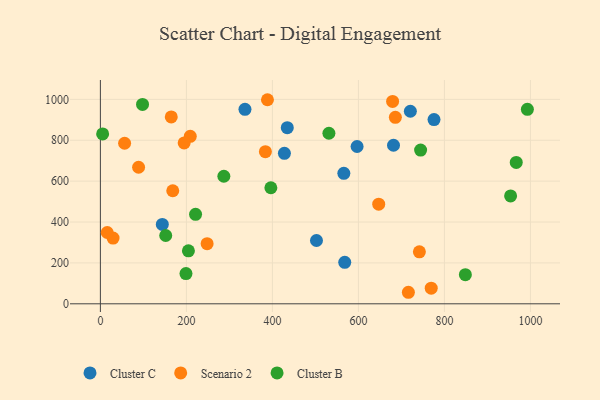
{"axis": {"x": "Speed", "y": "Rating"}, "legend": ["Cluster B", "Cluster C", "Scenario 2"], "data": [{"x": "144.0", "y": 388.5, "type": "Cluster C"}, {"x": "434.6", "y": 861.6, "type": "Cluster C"}, {"x": "681.6", "y": 775.5, "type": "Cluster C"}, {"x": "502.5", "y": 309.6, "type": "Cluster C"}, {"x": "568.2", "y": 203.0, "type": "Cluster C"}, {"x": "720.8", "y": 941.8, "type": "Cluster C"}, {"x": "336.2", "y": 951.1, "type": "Cluster C"}, {"x": "596.9", "y": 769.4, "type": "Cluster C"}, {"x": "427.9", "y": 735.8, "type": "Cluster C"}, {"x": "566.1", "y": 638.3, "type": "Cluster C"}, {"x": "775.8", "y": 900.9, "type": "Cluster C"}, {"x": "716.2", "y": 56.4, "type": "Scenario 2"}, {"x": "29.5", "y": 321.5, "type": "Scenario 2"}, {"x": "88.8", "y": 667.8, "type": "Scenario 2"}, {"x": "248.2", "y": 294.2, "type": "Scenario 2"}, {"x": "388.5", "y": 998.2, "type": "Scenario 2"}, {"x": "15.9", "y": 348.7, "type": "Scenario 2"}, {"x": "209.0", "y": 819.2, "type": "Scenario 2"}, {"x": "679.5", "y": 990.0, "type": "Scenario 2"}, {"x": "168.3", "y": 553.0, "type": "Scenario 2"}, {"x": "56.3", "y": 785.2, "type": "Scenario 2"}, {"x": "769.3", "y": 76.3, "type": "Scenario 2"}, {"x": "685.9", "y": 912.2, "type": "Scenario 2"}, {"x": "194.8", "y": 786.7, "type": "Scenario 2"}, {"x": "741.8", "y": 254.1, "type": "Scenario 2"}, {"x": "647.2", "y": 487.2, "type": "Scenario 2"}, {"x": "164.8", "y": 913.9, "type": "Scenario 2"}, {"x": "383.7", "y": 744.1, "type": "Scenario 2"}, {"x": "221.3", "y": 437.9, "type": "Cluster B"}, {"x": "953.9", "y": 527.6, "type": "Cluster B"}, {"x": "396.4", "y": 567.7, "type": "Cluster B"}, {"x": "151.9", "y": 334.2, "type": "Cluster B"}, {"x": "744.6", "y": 751.9, "type": "Cluster B"}, {"x": "204.7", "y": 259.3, "type": "Cluster B"}, {"x": "199.0", "y": 147.8, "type": "Cluster B"}, {"x": "992.9", "y": 951.4, "type": "Cluster B"}, {"x": "287.1", "y": 624.0, "type": "Cluster B"}, {"x": "967.0", "y": 691.3, "type": "Cluster B"}, {"x": "98.0", "y": 975.2, "type": "Cluster B"}, {"x": "5.2", "y": 831.1, "type": "Cluster B"}, {"x": "848.7", "y": 142.4, "type": "Cluster B"}, {"x": "531.4", "y": 834.3, "type": "Cluster B"}]}